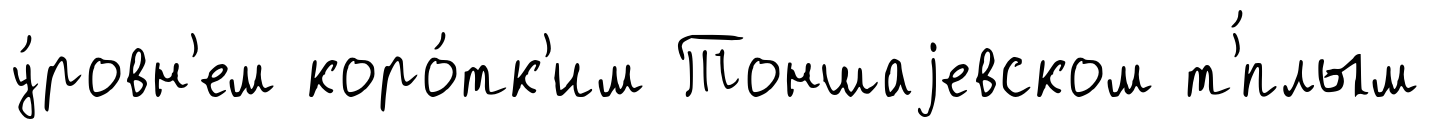
у́ровн'ем коро́тк'им Тоншаjевском т'́плым